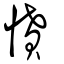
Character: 憤